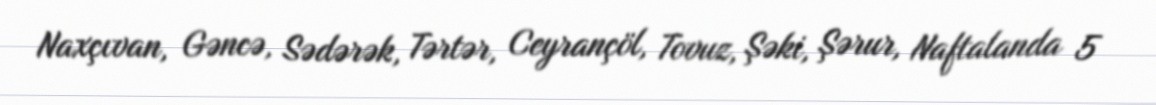
Naxçıvan, Gəncə, Sədərək, Tərtər, Ceyrançöl, Tovuz, Şəki, Şərur, Naftalanda 5